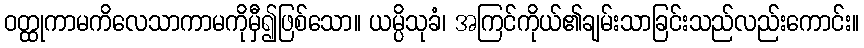
ဝတ္ထုကာမကိလေသာကာမကိုမှီ၍ဖြစ်သော။ ယမ္ပိသုခံ၊ အကြင်ကိုယ်၏ချမ်းသာခြင်းသည်လည်းကောင်း။